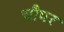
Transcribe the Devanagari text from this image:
चौपर